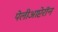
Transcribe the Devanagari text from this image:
पेलीआप्टेरॉन